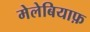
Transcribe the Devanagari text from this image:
मेलेबियाफ़